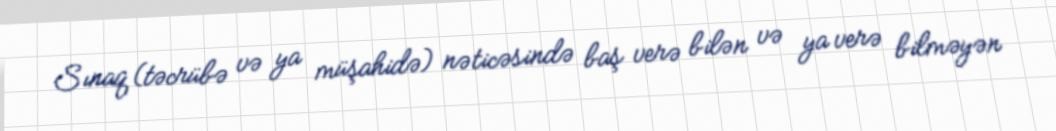
Sınaq (təcrübə və ya müşahidə) nəticəsində baş verə bilən və ya verə bilməyən